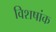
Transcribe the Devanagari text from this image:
विशषांक